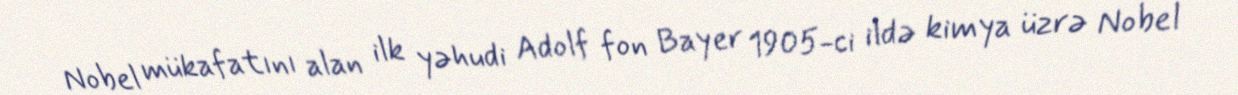
Nobel mükafatını alan ilk yəhudi Adolf fon Bayer 1905-ci ildə kimya üzrə Nobel